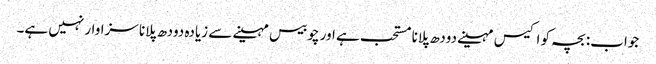
جواب: بچہ کو اکیس مہینے دودھ پلانا مستحب ہے اور چوبیس مہینے سے زیادہ دودھ پلانا سزاوار نہیں ہے۔